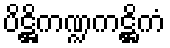
ပိဋ္ဌိကဏ္ဍကဋ္ဌိကံ